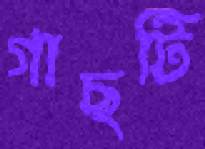
গাছটি